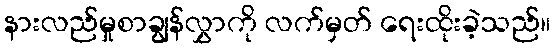
နားလည်မှုစာချွန်လွှာကို လက်မှတ် ရေးထိုးခဲ့သည်။